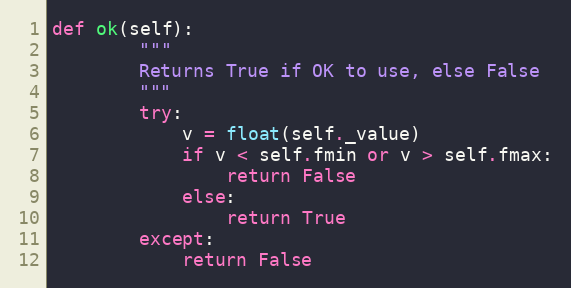
Language: Python
def ok(self):
        """
        Returns True if OK to use, else False
        """
        try:
            v = float(self._value)
            if v < self.fmin or v > self.fmax:
                return False
            else:
                return True
        except:
            return False